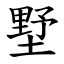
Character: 墅